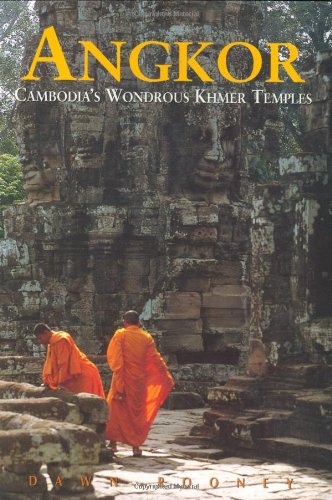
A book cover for Angkor: Cambodia's Wondrous Khmer Temples, Fifth Edition (Odyssey Illustrated Guide); Dawn Rooney; Travel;